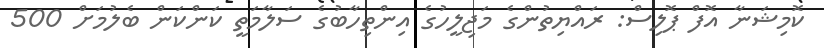
ކޮމިޝަނާ އޮފް ޕޮލިސް: ރައްޔިތުންގެ މަޖިލީހުގެ އިންތިހާބުގެ ސަލާމަތީ ކަންކަން ބެލުމަށް 500